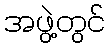
အဖွဲ့တွင်